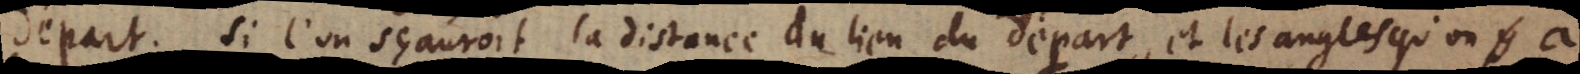
départ. Si l’on sçauroit la distance du lieu du départ, et les angles qu’on y a